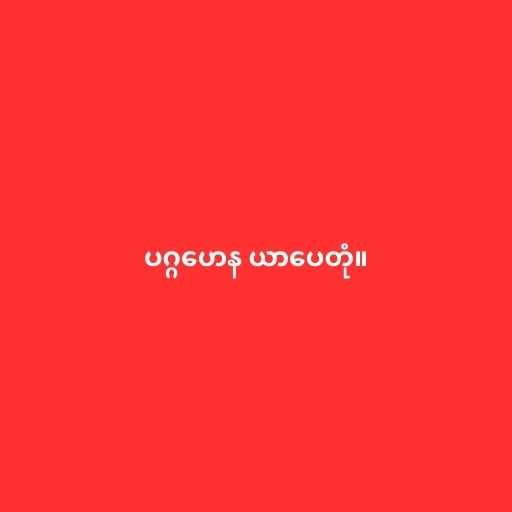
ပဂ္ဂဟေန ယာပေတုံ။